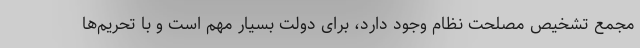
مجمع تشخیص مصلحت نظام وجود دارد، برای دولت بسیار مهم است و با تحریم‌ها